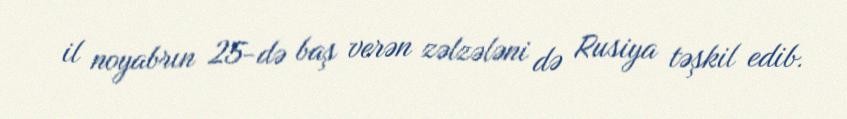
il noyabrın 25-də baş verən zəlzələni də Rusiya təşkil edib.